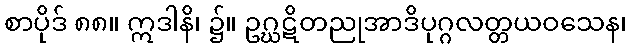
စာပိုဒ် ၈၈။ ဣဒါနိ၊ ၌။ ဥဂ္ဃဋိတညုအာဒိပုဂ္ဂလတ္တယဝသေန၊